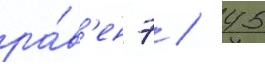
ра́в'ен 7 / 45